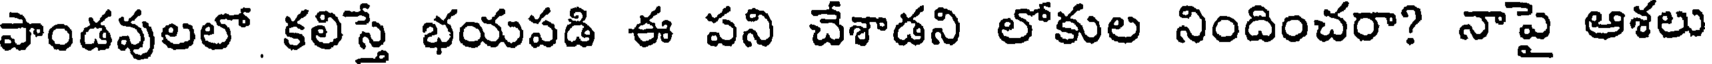
పాండవులలో కలిస్తే భయపడి ఈ పని చేశాడని లోకుల నిందించరా? నాపై ఆశలు